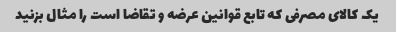
یک کالای مصرفی که تابع قوانین عرضه و تقاضا است را مثال بزنید